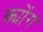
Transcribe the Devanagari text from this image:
क्योंग